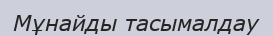
Мұнайды тасымалдау